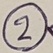
Text: 2